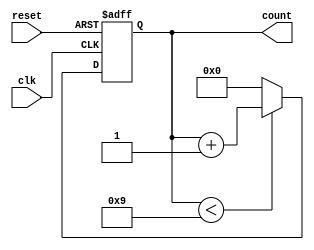
module bcd_counter (
    input wire clk,        // Clock input
    input wire reset,      // Asynchronous reset
    output reg [3:0] count // 4-bit output for BCD count
);

// Synchronous process to handle counting and reset
always @(posedge clk or posedge reset) begin
    if (reset) begin
        count <= 4'b0000; // Reset the count to 0
    end else begin
        if (count < 4'b1001) begin
            count <= count + 1; // Increment count
        end else begin
            count <= 4'b0000; // Reset to 0 if count reaches 10
        end
    end
end

endmodule